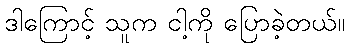
ဒါကြောင့် သူက ငါ့ကို ပြောခဲ့တယ်။